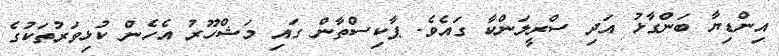
އިންޑިޔާ ބަންގާޅު އަދި ސްރީލަންކާ ގައެވެ. ޕާކިސްތާން ގައި މަޝްހޫރު އެހެން ކުޅިވަރުތަކުގެ